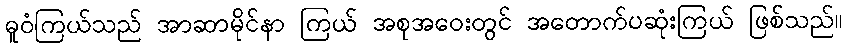
ဓူဝံကြယ်သည် အာဆာမိုင်နာ ကြယ် အစုအဝေးတွင် အတောက်ပဆုံးကြယ် ဖြစ်သည်။